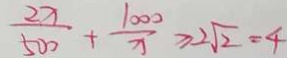
\frac { 2 x } { 5 0 0 } + \frac { 1 0 0 0 } { x } \geq 2 \sqrt { 2 } = 4